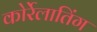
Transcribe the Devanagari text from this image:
कोर्रेलातिंग